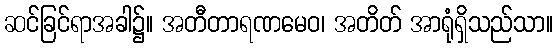
ဆင်ခြင်ရာအခါ၌။ အတီတာရဏမေဝ၊ အတိတ် အာရုံရှိသည်သာ။